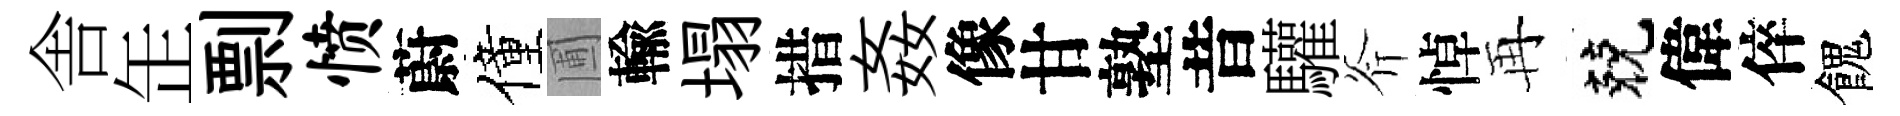
舎𦈢剽愤蔚僮圃輸塌措姦像甘塾昔驩斧悼再兢偉倅餽